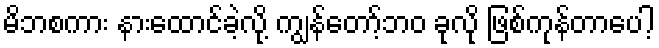
မိဘစကား နားထောင်ခဲ့လို့ ကျွန်တော့်ဘဝ ခုလို ဖြစ်ကုန်တာပေါ့